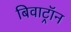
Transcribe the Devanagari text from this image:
बिवाट्रॉन